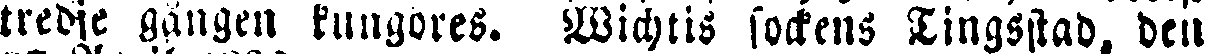
tredje gången kungöres. Wichtis sockens Tingsstad, den